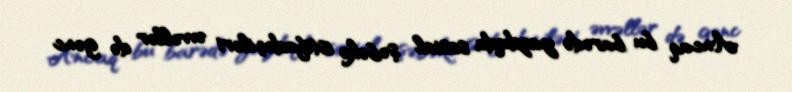
Ancaq bu barədə yazdıqda sosial şəbəkə istifadəçiləri əvvəllər də gənc